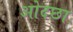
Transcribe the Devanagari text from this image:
ओदछा